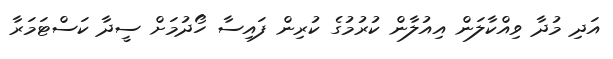
އަދި މުދާ ވިއްކާލަން އިއުލާން ކުރުމުގެ ކުރިން ފައިސާ ހޯދުމަށް ސީދާ ކަސްޓަމަރާ